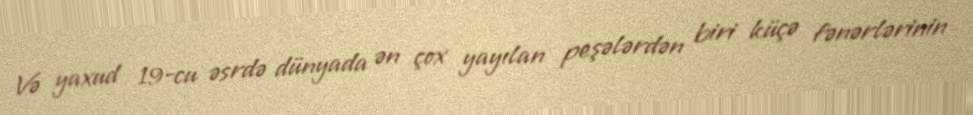
Və yaxud 19-cu əsrdə dünyada ən çox yayılan peşələrdən biri küçə fənərlərinin